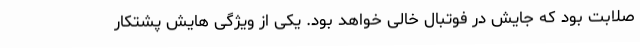
صلابت بود که جایش در فوتبال خالی خواهد بود. یکی از ویژگی هایش پشتکار